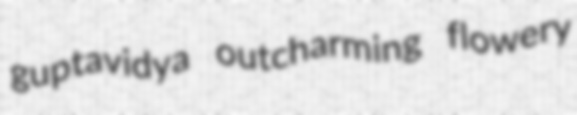
guptavidya outcharming flowery